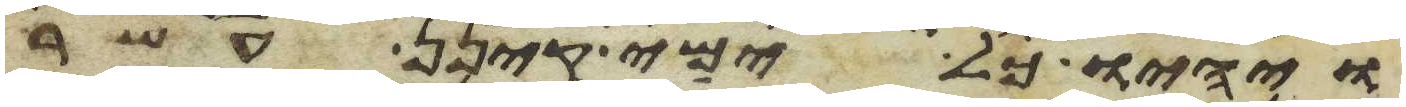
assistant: ויהיו כל ימי קינן עשר